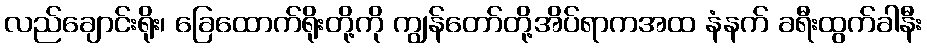
လည်ချောင်းရိုး၊ ခြေထောက်ရိုးတို့ကို ကျွန်တော်တို့အိပ်ရာကအထ နံနက် ခရီးထွက်ခါနီး